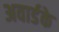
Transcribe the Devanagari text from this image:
अवार्डके